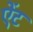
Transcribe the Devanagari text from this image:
ऐंट